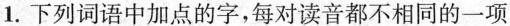
1.下列词语中加点的字，每对读音都不相同的一项